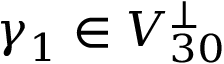
\boldsymbol { \gamma } _ { 1 } \in V _ { 3 0 } ^ { \perp }